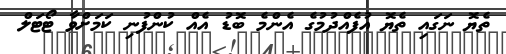
ތެޔޮ ނަގައި ތެޔޮ އުފެއްދުމުގެ އެންމެ ބޮޑު އެއް ކުންފުނި ކަމަށްވާ ޓޯޓަލް